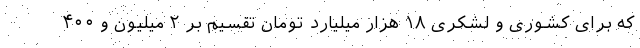
که برای کشوری و لشکری ۱۸ هزار میلیارد تومان تقسیم بر ۲ میلیون و ۴۰۰